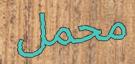
محمل